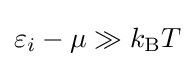
\varepsilon _{i}-\mu \gg k_{\rm {B}}T